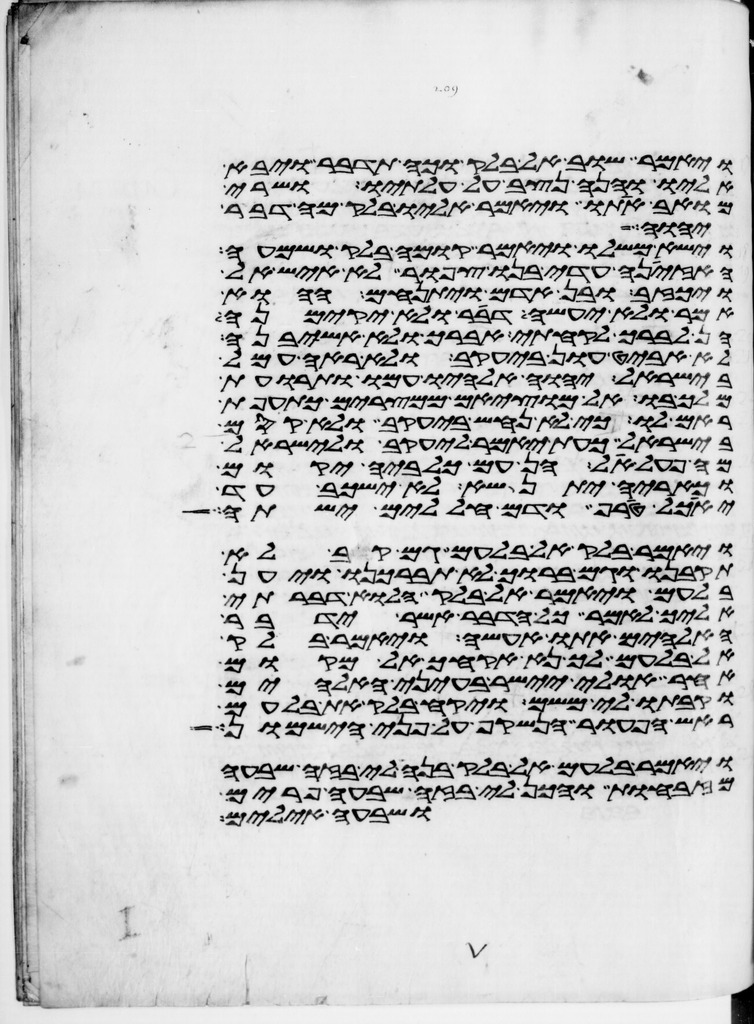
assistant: ויאמר שוב אל בלק וכה תדבר ויבא
אליו והנה נצב על עלתיו ושרי
מואב אתו ויאמר אליו בלק מה דבר
יהוה
וישא משלו ויאמר קום בלק ושמעה
האזינה עדי בנו צפור לא איש אל
ויכזב ובן אדם ויתנחם ההוא
אמר ולא יעשה דבר ולא יקימנה
הן לברך לקחתי אברך ולא אשיבנה
לא אביט און ביעקב ולא ראה עמל
בישראל יהוה אלהיו עמו ותרועת
מלך בו אל מוציאם ממצרים כתועפת
ראם לו כי לא נחש ביעקב ולא קסם
בישראל כעת יאמר ליעקב ולישראל
מה פעל אל הן עם כלביה יקום
וכאריה יתנשא לא ישכב עד
יאכל טרף ודם חללים ישתה
ויאמר בלק אל בלעם גם קב לא
תקבנו וגם ברוך לא תברכנו ויען
בלעם ויאמר אל בלק הלוא דברתי
אליך לאמר כל הדבר אשר ידבר
האלהים אתו אעשה ויאמר בלק
אל בלעם לך נא אקחך אל מקום
אחר אולי יישר בעיני האלהים
וקבתו לי משם ויקח בלק את בלעם
ראש הפעור הנשקף על פני הישמון
ויאמר בלעם אל בלק בנה לי בזה שבעה
מזבחות והכן לי בזה שבעה פרים
ושבעה אילים